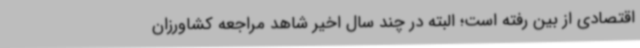
اقتصادی از بین رفته است؛ البته در چند سال اخیر شاهد مراجعه کشاورزان